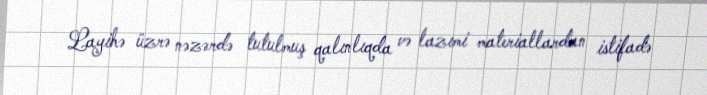
Layihə üzrə nəzərdə tutulmuş qalınlıqda və lazımi materiallardan istifadə